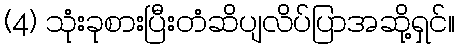
(4) သုံးခုစားပြီးတံဆိပျလိပ်ပြာအဆို့ရှင်။